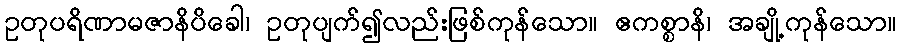
ဥတုပရိဏာမဇာနိပိခေါ၊ ဥတုပျက်၍လည်းဖြစ်ကုန်သော။ ဧကစ္စာနိ၊ အချို့ကုန်သော။